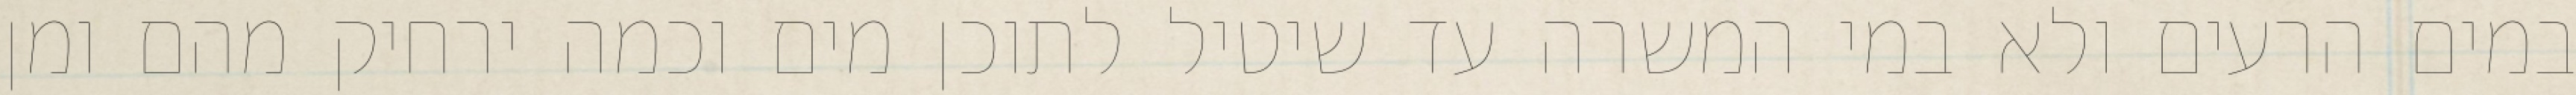
במים הרעים ולא במי המשרה עד שיטיל לתוכן מים וכמה ירחיק מהם ומן